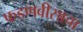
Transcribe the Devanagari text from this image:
फडणवीसाचा